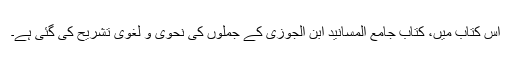
اس کتاب میں، کتاب جامع المسانید ابن الجوزی کے جملوں کی نحوی و لغوی تشریح کی گئی ہے۔